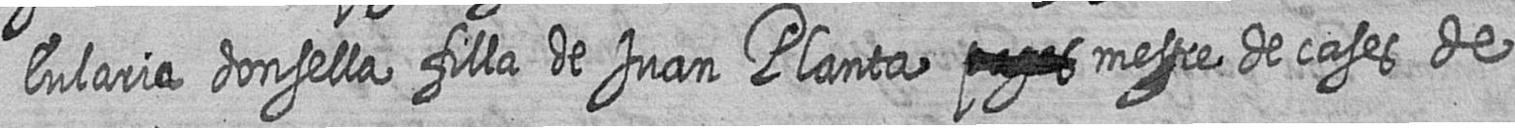
Eularia donsella filla de Juan Planta # mestre de cases de